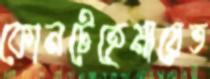
কোনটেহেমায়েত